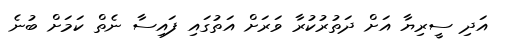
އަދި ސީރިޔާ އަށް ދަތުރުކުރާ ވަރަށް އަތުގައި ފައިސާ ނެތް ކަމަށް ބުނެ